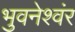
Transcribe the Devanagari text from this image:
भुवनेश्वंर